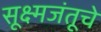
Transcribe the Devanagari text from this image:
सूक्ष्मजंतूचे